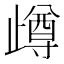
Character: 𣦝